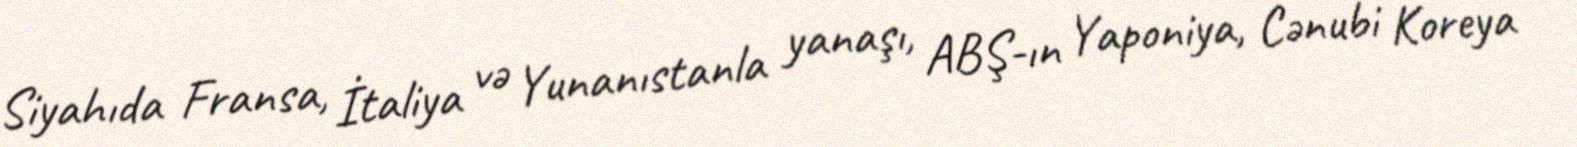
Siyahıda Fransa, İtaliya və Yunanıstanla yanaşı, ABŞ-ın Yaponiya, Cənubi Koreya